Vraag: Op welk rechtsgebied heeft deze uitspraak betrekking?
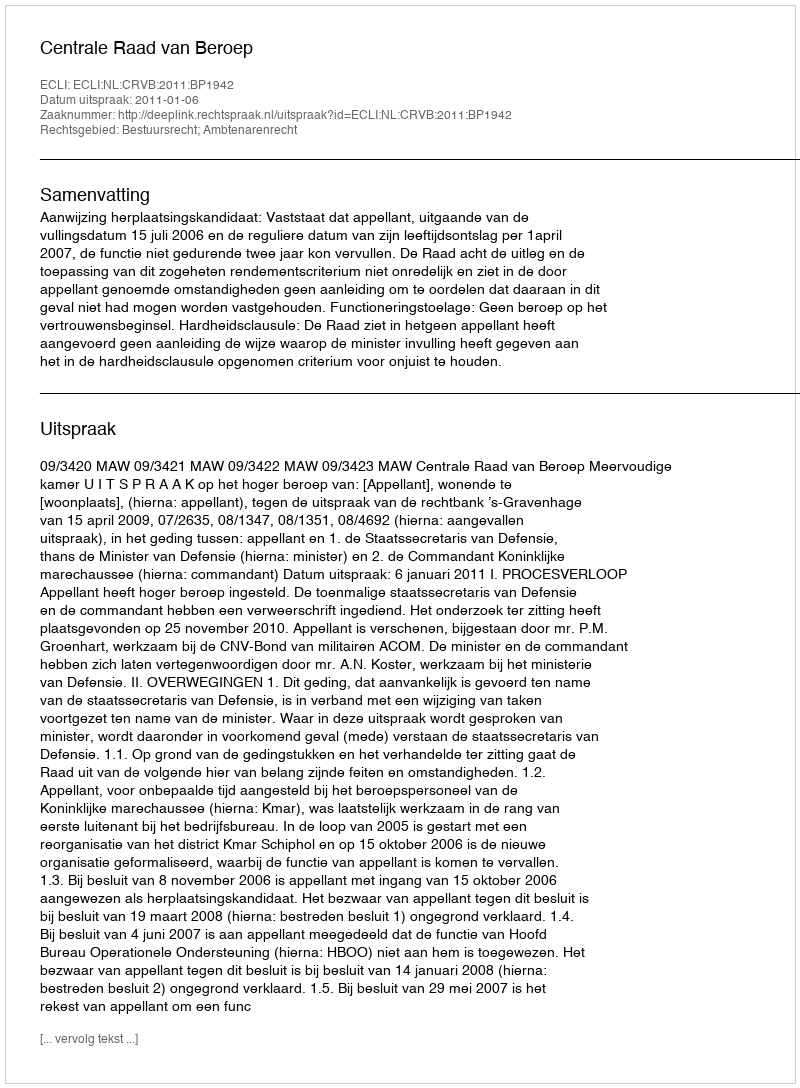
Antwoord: Bestuursrecht; Ambtenarenrecht